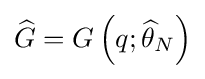
{\widehat {G}}=G\left(q;{\widehat {\theta }}_{N}\right)